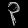
Digit: ၃